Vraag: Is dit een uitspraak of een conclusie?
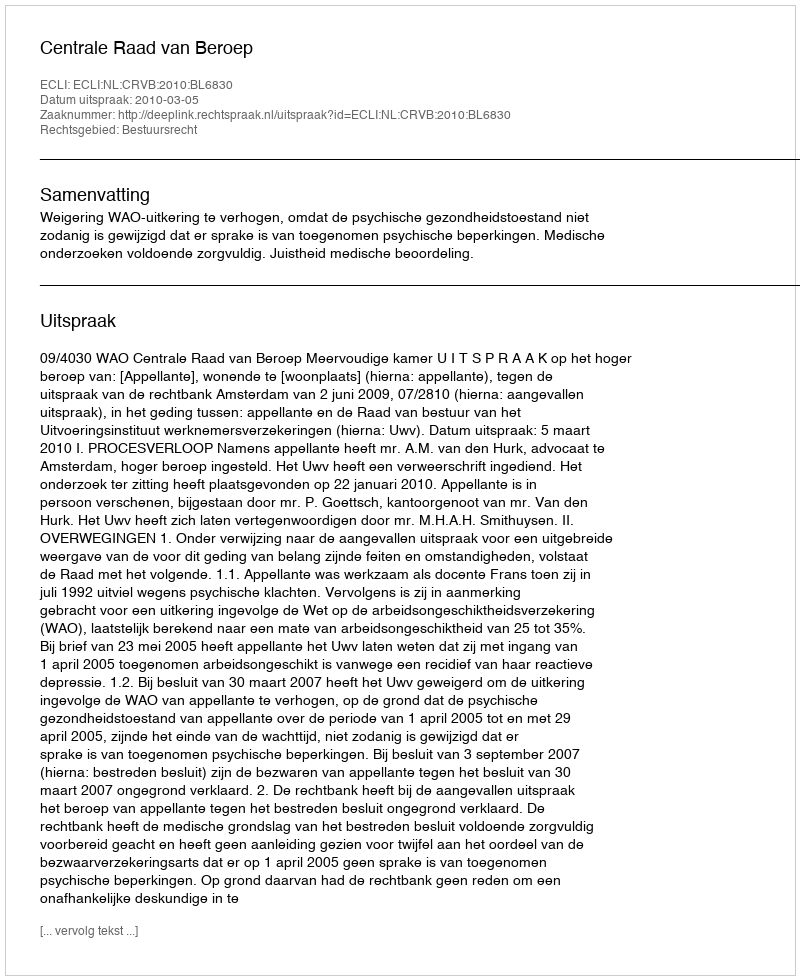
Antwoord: Uitspraak